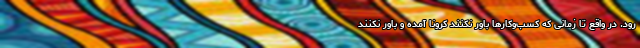
رود. در واقع تا زمانی که کسب‌وکارها باور نکنند کرونا آمده و باور نکنند